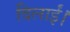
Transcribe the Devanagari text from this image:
दिलाईं।